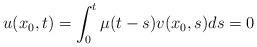
LaTeX: \begin{align*}u(x_{0},t) = \int_{0}^{t}\mu(t-s)v(x_{0},s)ds = 0\end{align*}